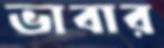
ভাবার